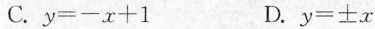
C. y=-x+1 D. y=\pm x